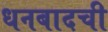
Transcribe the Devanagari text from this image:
धनबादची